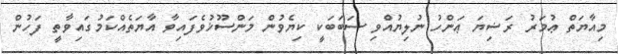
މިއާޔަތް ޢުމަރު ރަޟިޔަ ޢަންހު ނުލިޔުއްވި ސަބަބަކީ ކިޔެވުން މަންސޫޚުވެފައިވާ އާޔަތެއްކަމުގައިވާތީ ފަހުން